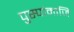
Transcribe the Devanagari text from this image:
पुस्पांमाजि